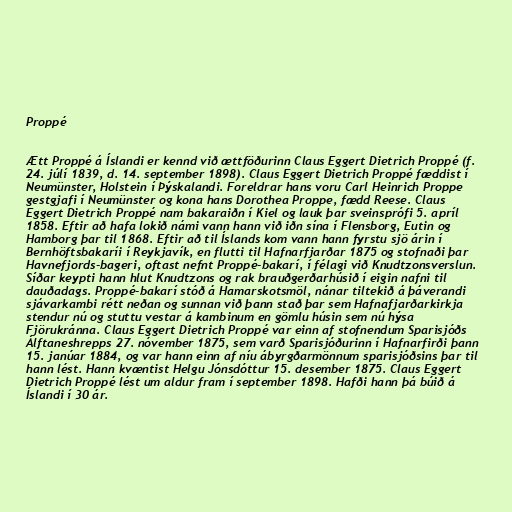
Proppé

Ætt Proppé á Íslandi er kennd við ættföðurinn Claus Eggert Dietrich Proppé (f.
24. júlí 1839, d. 14. september 1898). Claus Eggert Dietrich Proppé fæddist í
Neumünster, Holstein í Þýskalandi. Foreldrar hans voru Carl Heinrich Proppe
gestgjafi í Neumünster og kona hans Dorothea Proppe, fædd Reese. Claus
Eggert Dietrich Proppé nam bakaraiðn í Kiel og lauk þar sveinsprófi 5. apríl
1858. Eftir að hafa lokið námi vann hann við iðn sína í Flensborg, Eutin og
Hamborg þar til 1868. Eftir að til Íslands kom vann hann fyrstu sjö árin í
Bernhöftsbakaríi í Reykjavík, en flutti til Hafnarfjarðar 1875 og stofnaði þar
Havnefjords-bageri, oftast nefnt Proppé-bakarí, í félagi við Knudtzonsverslun.
Síðar keypti hann hlut Knudtzons og rak brauðgerðarhúsið í eigin nafni til
dauðadags. Proppé-bakarí stóð á Hamarskotsmöl, nánar tiltekið á þáverandi
sjávarkambi rétt neðan og sunnan við þann stað þar sem Hafnafjarðarkirkja
stendur nú og stuttu vestar á kambinum en gömlu húsin sem nú hýsa
Fjörukránna. Claus Eggert Dietrich Proppé var einn af stofnendum Sparisjóðs
Álftaneshrepps 27. nóvember 1875, sem varð Sparisjóðurinn í Hafnarfirði þann
15. janúar 1884, og var hann einn af níu ábyrgðarmönnum sparisjóðsins þar til
hann lést. Hann kvæntist Helgu Jónsdóttur 15. desember 1875. Claus Eggert
Dietrich Proppé lést um aldur fram í september 1898. Hafði hann þá búið á
Íslandi í 30 ár.